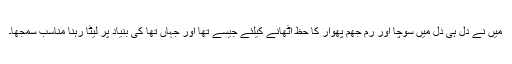
میں نے دل ہی دل میں سوچا اور رم جھم پھوار کا حظ اُٹھانے کیلئے جیسے تھا اور جہاں تھا کی بنیاد پر لیٹا رہنا مناسب سمجھا۔